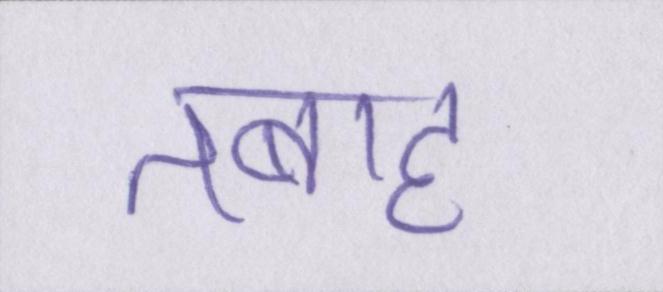
तबाह